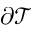
\partial \mathcal { T }